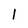
Character: l